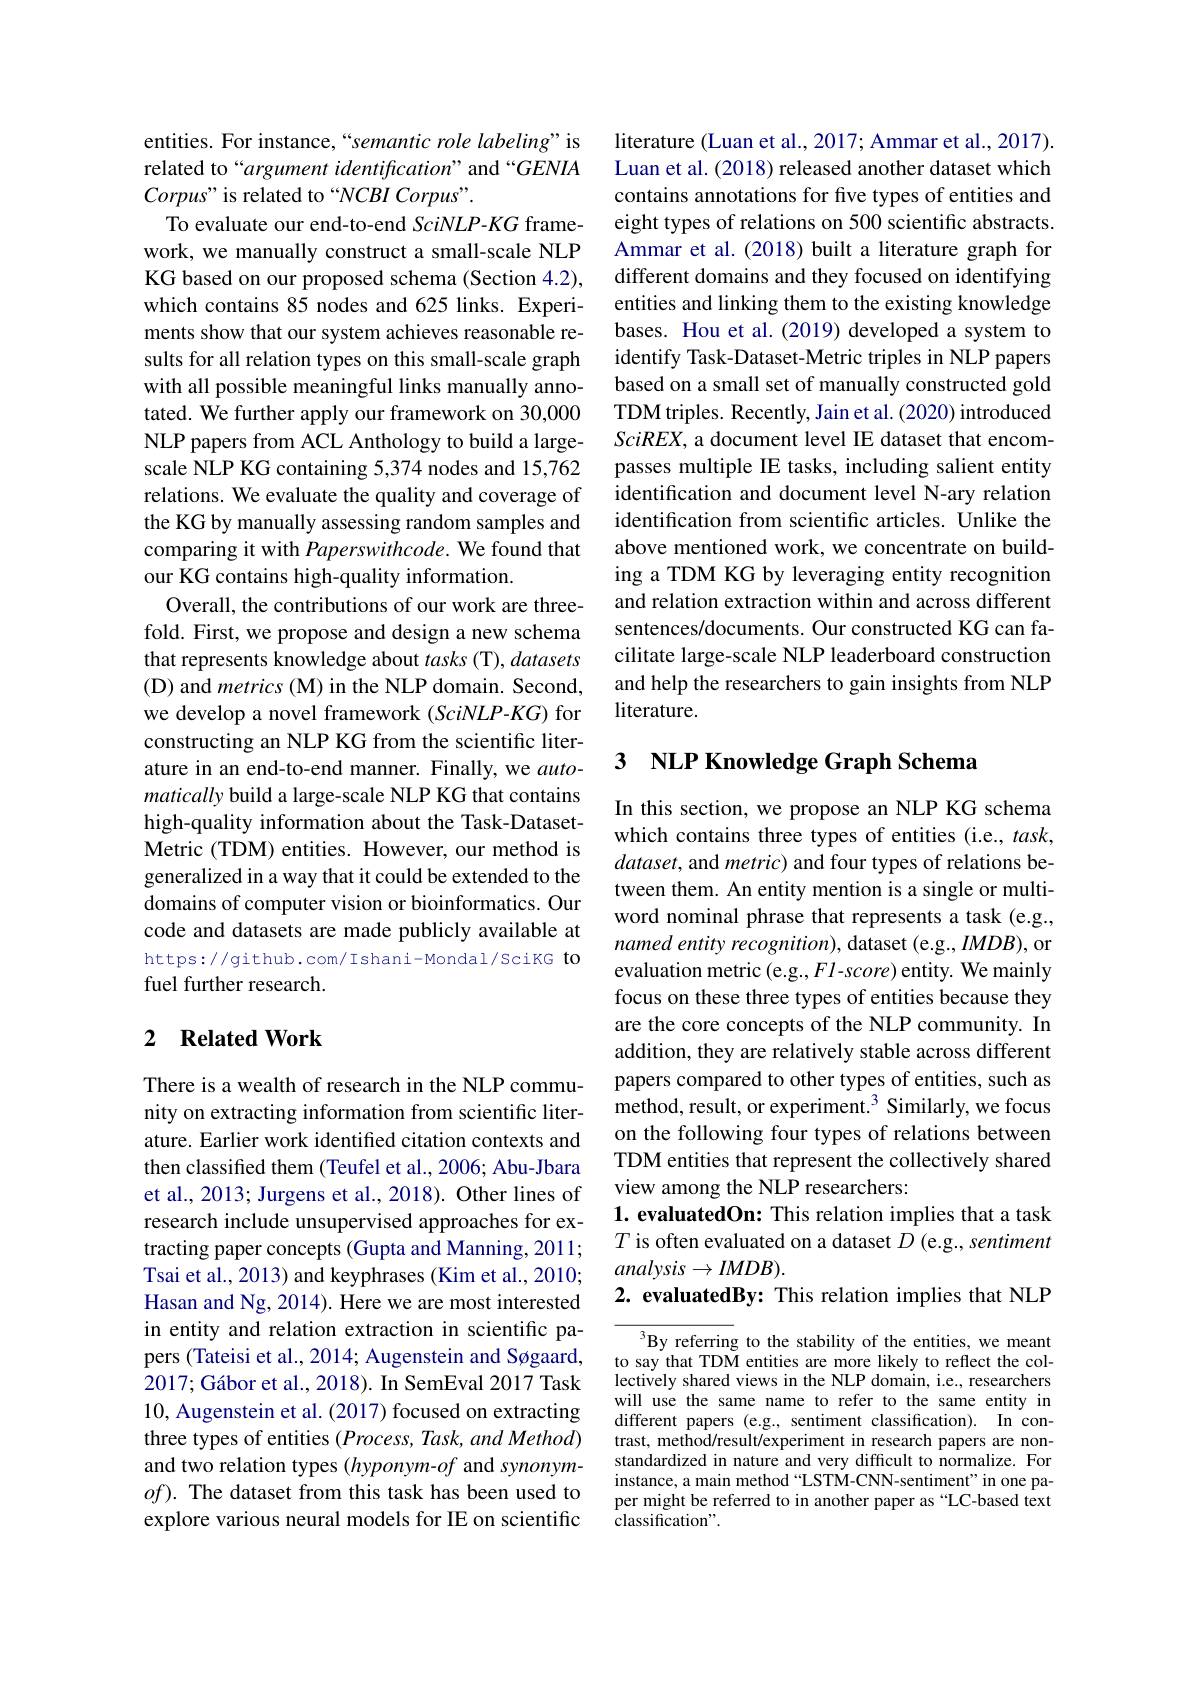
entities. For instance, “semantic role labeling" is related to“argument identification” and “GENIA $Corpus"$ is related to “NCBI Corpus”.
To evaluate our end-to-end SciNLP-KG framework, we manually construct a small-scale NLP KG based on our proposed schema (Section 4.2), which contains 85 nodes and 625 links. Experiments show that our system achieves reasonable results for all relation types on this small-scale graph with all possible meaningful links manually annotated. We further apply our framework on 30,000 NLP papers from ACL Anthology to build a largescale NLP KG containing 5,374 nodes and 15,762 relations. We evaluate the quality and coverage of the KG by manually assessing random samples and comparing it with Paperswithcode. We found that our KG contains high-quality information.
Overall, the contributions of our work are threefold. First, we propose and design a new schema that represents knowledge about $tasks($T$),datasets$ (D) and metrics (M) in the NLP domain. Second, we develop a novel framework $(SciNLP-KG)$ for constructing an NLP KG from the scientific literature in an end-to-end manner. Finally, we automatically build a large-scale NLP KG that contains high-quality information about the Task-DatasetMetric (TDM) entities. However, our method is generalized in a way that it could be extended to the domains of computer vision or bioinformatics. Our code and datasets are made publicly available at https://github.com/Ishani-Mondal/SciKG to fuel further research.

## 2 $\textbf{Related Work}$

There is a wealth of research in the NLP community on extracting information from scientific literature. Earlier work identifed citation contexts and then classified them (Teufel et al., 2006; Abu-Jbara et al., 2013; Jurgens et al., 2018). Other lines of research include unsupervised approaches for extracting paper concepts (Gupta and Manning, 2011; Tsai et al., 2013) and keyphrases (Kim et al., 2010; Hasan and Ng, 2014). Here we are most interested in entity and relation extraction in scientific papers (Tateisi et al., 2014; Augenstein and Søgaard, $2017; \text{G\'{a} bor et al. , 2018) . In SemEval 2017 Task}$ 10, Augenstein et al. (2017) focused on extracting three types of entities $(Process,Task,andMethod)$ and two relation types $(h$yponym-of and synonym- $of).$ The dataset from this task has been used to explore various neural models for IE on scientific

literature (Luan et al., 2017; Ammar et al., 2017). Luan et al. (2018) released another dataset which contains annotations for five types of entities and eight types of relations on 500 scientific abstracts. Ammar et al. (2018) built a literature graph for different domains and they focused on identifying entities and linking them to the existing knowledge bases. Hou et al.(2019) developed a system to identify Task-Dataset-Metric triples in NLP papers based on a small set of manually constructed gold TDM triples. Recently, Jain et al. (2020) introduced $SciREX$, a document level IE dataset that encompasses multiple IE tasks, including salient entity identification and document level N-ary relation identification from scientific articles. Unlike the above mentioned work, we concentrate on building a TDM KG by leveraging entity recognition and relation extraction within and across different sentences/documents. Our constructed KG can facilitate large-scale NLP leaderboard construction and help the researchers to gain insights from NLP literature.

## 3 NLP Knowledge Graph Schema

In this section, we propose an NLP KG schema which contains three types of entities (i.e., task, $dataset$, and metric) and four types of relations between them. An entity mention is a single or multiword nominal phrase that represents a task (e.g., named entity recognition), dataset (e.g., IMDB), or evaluation metric (e.g.,FI-score) entity. We mainly focus on these three types of entities because they are the core concepts of the NLP community. In addition, they are relatively stable across different papers compared to other types of entities, such as method, result, or experiment.$^3$ Similarly, we focus on the following four types of relations between TDM entities that represent the collectively shared view among the NLP researchers:
1. evaluatedOn: This relation implies that a task $T$ is often evaluated on a dataset $D$ (e.g., sentiment $analysis\to IMDB).$

2. evaluatedBy: This relation implies that NLP

By referring to the stability of the entities, we meant to say that TDM entities are more likely to reflect the collectively shared views in the NLP domain, i.e., researchers will use the same name to refer to the same entity in different papers (e.g., sentiment classification). In contrast, method/result/experiment in research papers are nonstandardized in nature and very difficult to normalize. For instance, a main method “LSTM-CNN-sentiment" in one paper might be referred to in another paper as “LC-based text classification".